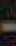
-